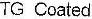
TG COATED